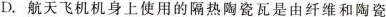
D.航天飞机机身上使用的隔热陶瓷瓦是由纤维和陶瓷